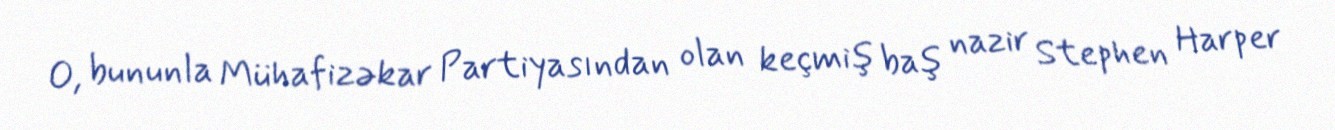
O, bununla Mühafizəkar Partiyasından olan keçmiş baş nazir Stephen Harper